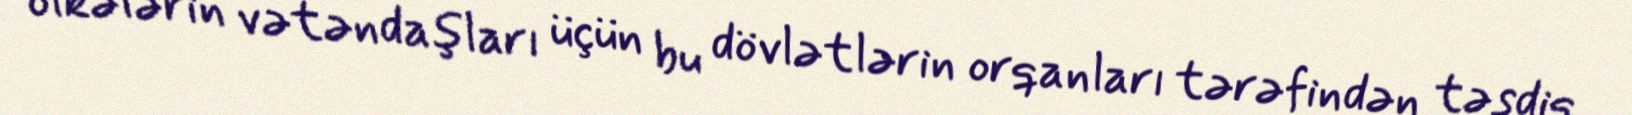
ölkələrin vətəndaşları üçün bu dövlətlərin orqanları tərəfindən təsdiq